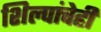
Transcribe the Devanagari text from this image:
शिल्पांचेही